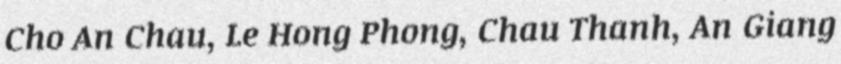
Cho An Chau, Le Hong Phong, Chau Thanh, An Giang